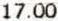
17.00